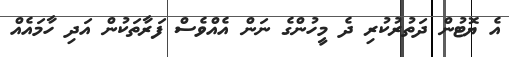
އެ ޔޮޓުން ދަތުރުކުރި ދެ މީހުންގެ ނަން އެއްވެސް ފަރާތަކުން އަދި ހާމައެއް